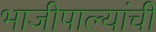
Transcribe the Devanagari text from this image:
भाजीपाल्यांची